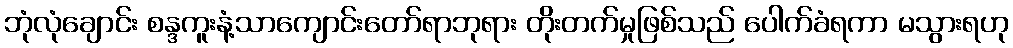
ဘုံလုံချောင်း စန္ဒကူးနံ့သာကျောင်းတော်ရာဘုရား တိုးတက်မှုဖြစ်သည် ပေါက်ခံရကာ မသွားရဟု